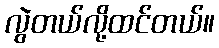
လွဲတယ်လို့ထင်တယ်။